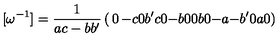
[ { { \omega } ^ { - 1 } } ] = { \frac { 1 } { a c - b { b ^ { \prime } } } } \left( \begin{matrix} { 0 } & { - c } & { 0 } & { { b ^ { \prime } } } \\ { c } & { 0 } & { - b } & { 0 } \\ { 0 } & { b } & { 0 } & { - a } \\ { - { b ^ { \prime } } } & { 0 } & { a } & { 0 } \\ \end{matrix} \right)